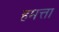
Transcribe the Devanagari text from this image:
हमत्ता